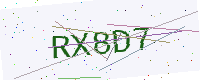
Text: RX8D7